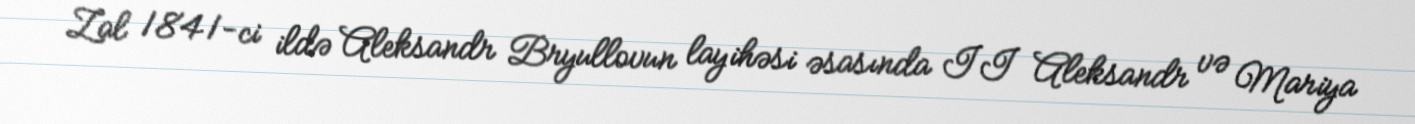
Zal 1841-ci ildə Aleksandr Bryullovun layihəsi əsasında II Aleksandr və Mariya